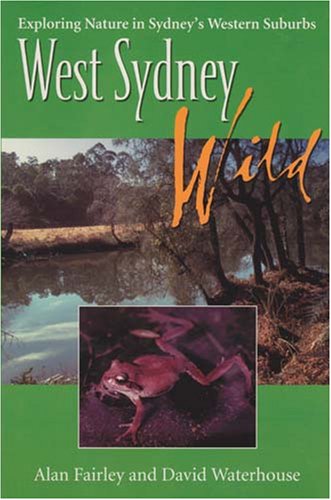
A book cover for West Sydney Wild: Exploring Nature in SydneyÃEÂ¢Ã¢EEÂ¬Ã¢EEÂ¢s Western Suburbs; Alan Fairley; Travel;